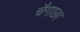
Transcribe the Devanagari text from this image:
चैगाछा